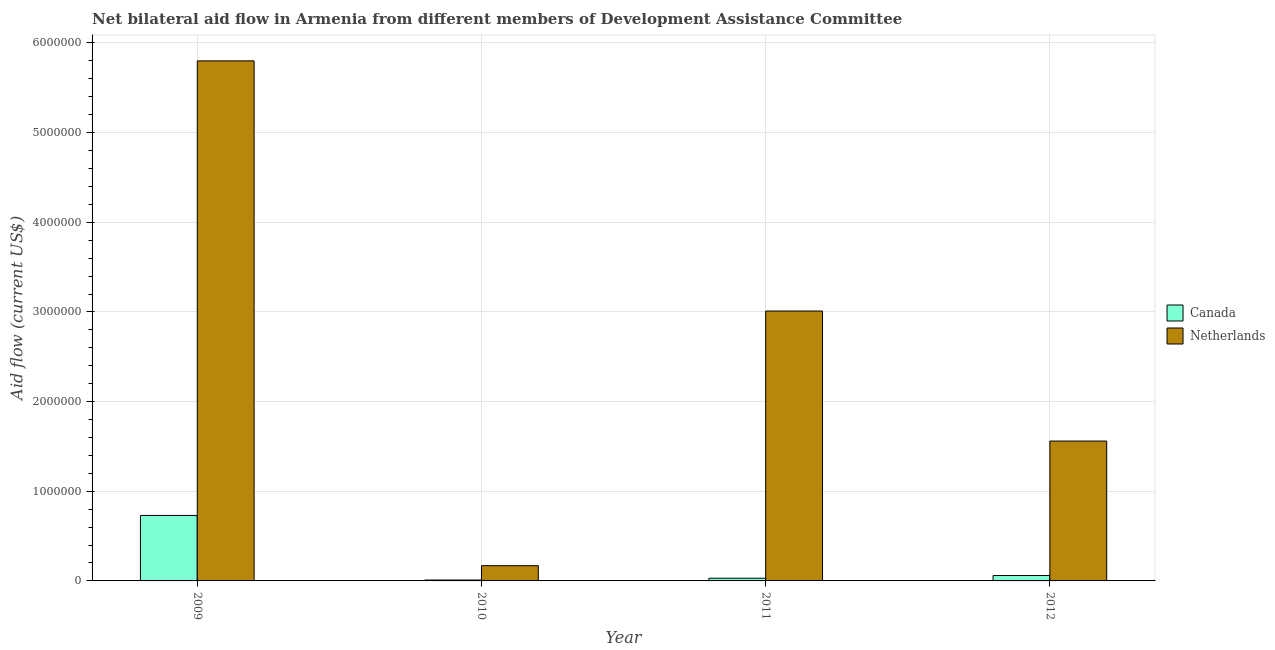
| Year | Canada | Netherlands |
 | --- | --- | --- |
 | 2009 | 7.3e+05 | 5.8e+06 |
 | 2010 | 1e+04 | 1.7e+05 |
 | 2011 | 3e+04 | 3.01e+06 |
 | 2012 | 6e+04 | 1.56e+06 |